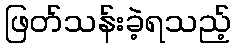
ဖြတ်သန်းခဲ့ရသည့်